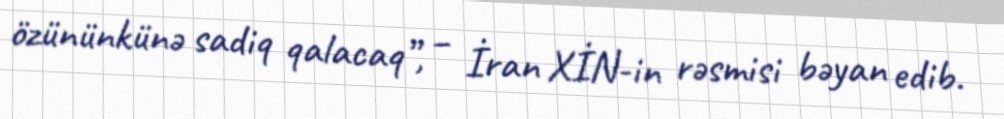
özününkünə sadiq qalacaq”, – İran XİN-in rəsmisi bəyan edib.